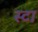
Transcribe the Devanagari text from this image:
स्टा